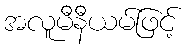
အလူမီနီယမ်ဖြင့်